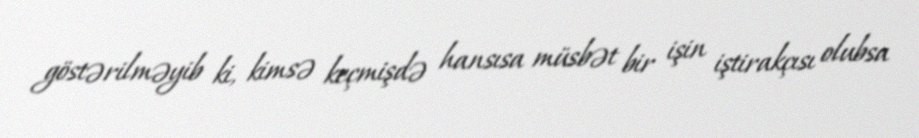
göstərilməyib ki, kimsə keçmişdə hansısa müsbət bir işin iştirakçısı olubsa